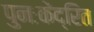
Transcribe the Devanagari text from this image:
पुनःकेंद्रित